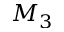
M _ { 3 }